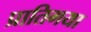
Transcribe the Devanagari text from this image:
प्रातिगया